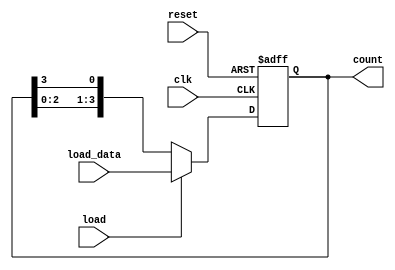
module loadable_ring_counter (
    input wire clk,               // Clock signal
    input wire reset,             // Asynchronous reset signal
    input wire load,              // Load control signal
    input wire [N-1:0] load_data, // Data input for loading
    output reg [N-1:0] count      // Current state of the counter
);
    parameter N = 4; // Number of bits in the counter

    always @(posedge clk or posedge reset) begin
        if (reset) begin
            count <= {N{1'b0}}; // Reset the counter to 0
        end else if (load) begin
            count <= load_data; // Load the specified value
        end else begin
            // Shift the counter in a ring fashion
            count <= {count[N-2:0], count[N-1]}; // Shift left and wrap around
        end
    end
endmodule